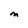
Character: M